Report on horse surra - Volume II, Part II
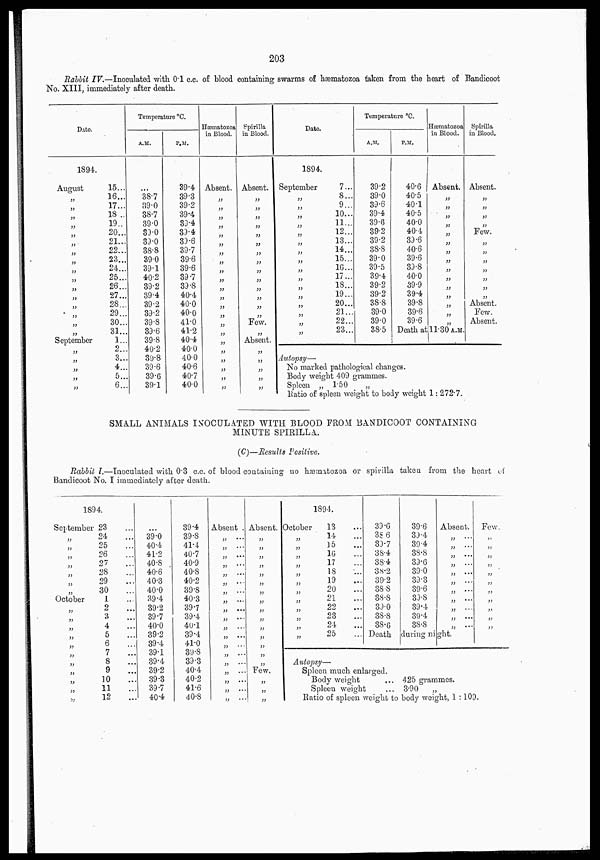
203
Rabbit IV.—Inoculated with 0.1 c.c. of blood containing swarms of hæmatozoa taken from the heart of Bandicoot
No. XIII, immediately after death.
Date.
1894.
August
„
„
„
„
„
„
„
„
„
„
„
„
„
„
„
„
September
„
„
„
„
„
15...
16...
17...
18...
19...
20...
21...
22...
23...
24...
25...
26...
27...
28...
29...
30...
31...
1...
2...
3...
4...
5...
6...
Temperature °C.
A. M.
...
38.7
39.0
38.7
39.0
39.0
39.0
38.8
39.0
39.1
40.2
39.2
39.4
39.2
39.2
39.8
39.6
39.8
40.2
39.8
39.6
39.6
39.1
P.M.
39.4
39.3
39.2
39.4
39.4
39.4
39.6
39.7
39.6
39.6
39.7
39.8
40.4
40.0
40.0
41.0
41.2
40.4
40.0
40.0
40.6
40.7
40.0
Hæmatozoa
in Blood.
Absent.
„
„
„
„
„
„
„
„
„
„
„
„
„
„
„
„
„
„
„
„
Spirilla
in Blood.
Absent.
„
„
„
„
„
„
„
„
„
„
„
„
„
„
Few.
„
Absent.
„
„
„
„
„
Date.
1894.
September
„
„
„
„
„
„
„
„
„
„
„
„
„
„
„
„
7...
8...
9...
10...
11...
12...
13...
14...
15...
16...
17...
18...
19...
20...
21...
22...
23...
Temperature °C.
A.M.
39.2
39.0
39.6
39.4
39.6
39.2
39.2
38.8
39.0
39.5
39.4
39.2
39.2
38.8
39.0
39.0
38.5
P.M.
40.6
40.5
40.1
40.5
40.0
40.4
39.6
40.6
39.6
39.8
40.0
39.9
39.4
39.8
39.6
39.6
Death at
Hæmatozoa
in Blood.
Absent.
„
„
„
„
„
„
„
„
„
„
„
„
„
„
„
11.30 A.M.
Spirilla
in Blood.
Absent.
„
„
„
„
Few.
„
„
„
„
„
„
„
Absent.
Few.
Absent.
Autopsy—
No marked pathological changes.
Body weight 409 grammes.
Spleen „ 1.50
„
Ratio of spleen weight to body weight 1: 272.7.
SMALL ANIMALS INOCULATED WITH BLOOD FROM BANDICOOT CONTAINING
MINUTE SPIRILLA.
(C)—Results Positive.
Rabbit I.—Inoculated with 0.3 c.c. of blood containing no hæmatozoa or spirilla taken from the heart of
Bandicoot No. I immediately after death.
1894.
September
„
„
„
„
„
„
„
October
„
„
„
„
„
„
„
„
„
„
„
23 ...
24 ...
25 ...
26 ...
27 ...
28 ...
29 ...
30 ...
1 ...
2 ...
3 ...
4 ...
5 ...
6 ...
7 ...
8 ...
9 ...
10 ...
11 ...
12 ...
...
39.0
40.4
41.2
40 .8
40.6
40.3
40.0
39.4
39.2
39.7
40.0
39.2
39.4
39.1
39.4
39.2
39.3
39.7
40.4
39.4
39.8
41.4
40.7
40.9
40.8
40.2
39.8
40.3
39.7
39.4
40.1
39.4
41.0
39.8
39.3
40.4
40.2
41.6
40.8
Absent .
„
...
„
...
„ ...
„
...
„ ...
„
..
„
...
„
...
„
...
„ ...
„
....
„
„
...
„ ...
„ ...
„ ...
„ ...
„ ...
Absent.
„
„
„
„
„
„
„
„
„
„
„
„
Few.
„
„
„
1894.
October
„
„
„
„
„
„
„
„
„
„
„
„
13 ...
14 ...
15 ...
16 ...
17 ...
18 ...
19 ...
20 ...
21 ...
22 ...
23 ...
24 ...
25 ...
39.6
38.6
39.7
38.4
38.4
38.2
39.2
38.8
38.8
39.0
38.8
38.6
39.6
39.4
39.4
38.8
39.6
39.0
39.3
39.6
39.8
39.4
39.4
38.8
Absent.
„ ...
„
...
„ ...
„
...
„ ...
„ ...
„
...
„
...
„
„
...
„ ...
Death during night.
Few.
„
„
„
„
„
„
„
„
„
„
„
Autopsy—
Spleen much enlarged.
Body weight
... 425 grammes.
Spleen weight
... 3.90
„
Ratio of spleen weight to body weight, 1 :109.